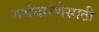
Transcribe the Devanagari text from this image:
गर्भधारणेसाठी